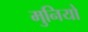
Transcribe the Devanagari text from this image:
मुनियो